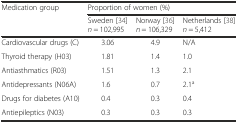
<table><thead><tr><td rowspan="2"><b>Medication group</b></td><td colspan="3"><b>Proportion of women (%)</b></td></tr><tr><td><b>Sweden [34] <i>n</i> = 102,995</b></td><td><b>Norway [36] <i>n</i> = 106,329</b></td><td><b>Netherlands [38] <i>n</i> = 5,412</b></td></tr></thead><tbody><tr><td>Cardiovascular drugs (C)</td><td>3.06</td><td>4.9</td><td>N/A</td></tr><tr><td>Thyroid therapy (H03)</td><td>1.81</td><td>1.4</td><td>1.0</td></tr><tr><td>Antiasthmatics (R03)</td><td>1.51</td><td>1.3</td><td>2.1</td></tr><tr><td>Antidepressants (N06A)</td><td>1.6</td><td>0.7</td><td>2.1<sup>a</sup></td></tr><tr><td>Drugs for diabetes (A10)</td><td>0.4</td><td>0.3</td><td>0.4</td></tr><tr><td>Antiepileptics (N03)</td><td>0.3</td><td>0.3</td><td>0.3</td></tr></tbody></table>